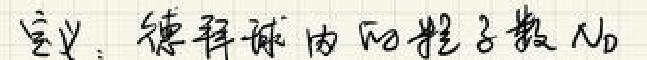
定义：德拜球内的声子数 \(N_0\)